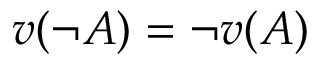
v ( \lnot A ) = \lnot v ( A )